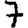
Digit: 7